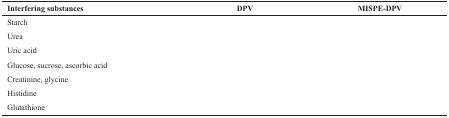
<table><thead><tr><td><b>Interfering substances</b></td><td><b>DPV</b></td><td><b>MISPE-DPV</b></td></tr></thead><tbody><tr><td>Starch</td><td>[EMPTY_CELL]</td><td>[EMPTY_CELL]</td></tr><tr><td>Urea</td><td>[EMPTY_CELL]</td><td>[EMPTY_CELL]</td></tr><tr><td>Uric acid</td><td>[EMPTY_CELL]</td><td>[EMPTY_CELL]</td></tr><tr><td>Glucose, sucrose, ascorbic acid</td><td>[EMPTY_CELL]</td><td>[EMPTY_CELL]</td></tr><tr><td>Creatinine, glycine</td><td>[EMPTY_CELL]</td><td>[EMPTY_CELL]</td></tr><tr><td>Histidine</td><td>[EMPTY_CELL]</td><td>[EMPTY_CELL]</td></tr><tr><td>Glutathione</td><td>[EMPTY_CELL]</td><td>[EMPTY_CELL]</td></tr></tbody></table>